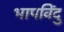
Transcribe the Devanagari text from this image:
भापविंदु